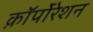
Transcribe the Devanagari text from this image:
क़ाॅर्पोरेशन